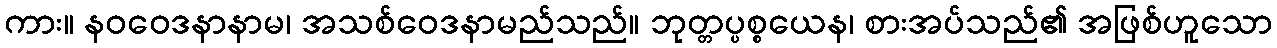
ကား။ နဝဝေဒနာနာမ၊ အသစ်ဝေဒနာမည်သည်။ ဘုတ္တပ္ပစ္စယေန၊ စားအပ်သည်၏ အဖြစ်ဟူသော